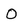
Character: O